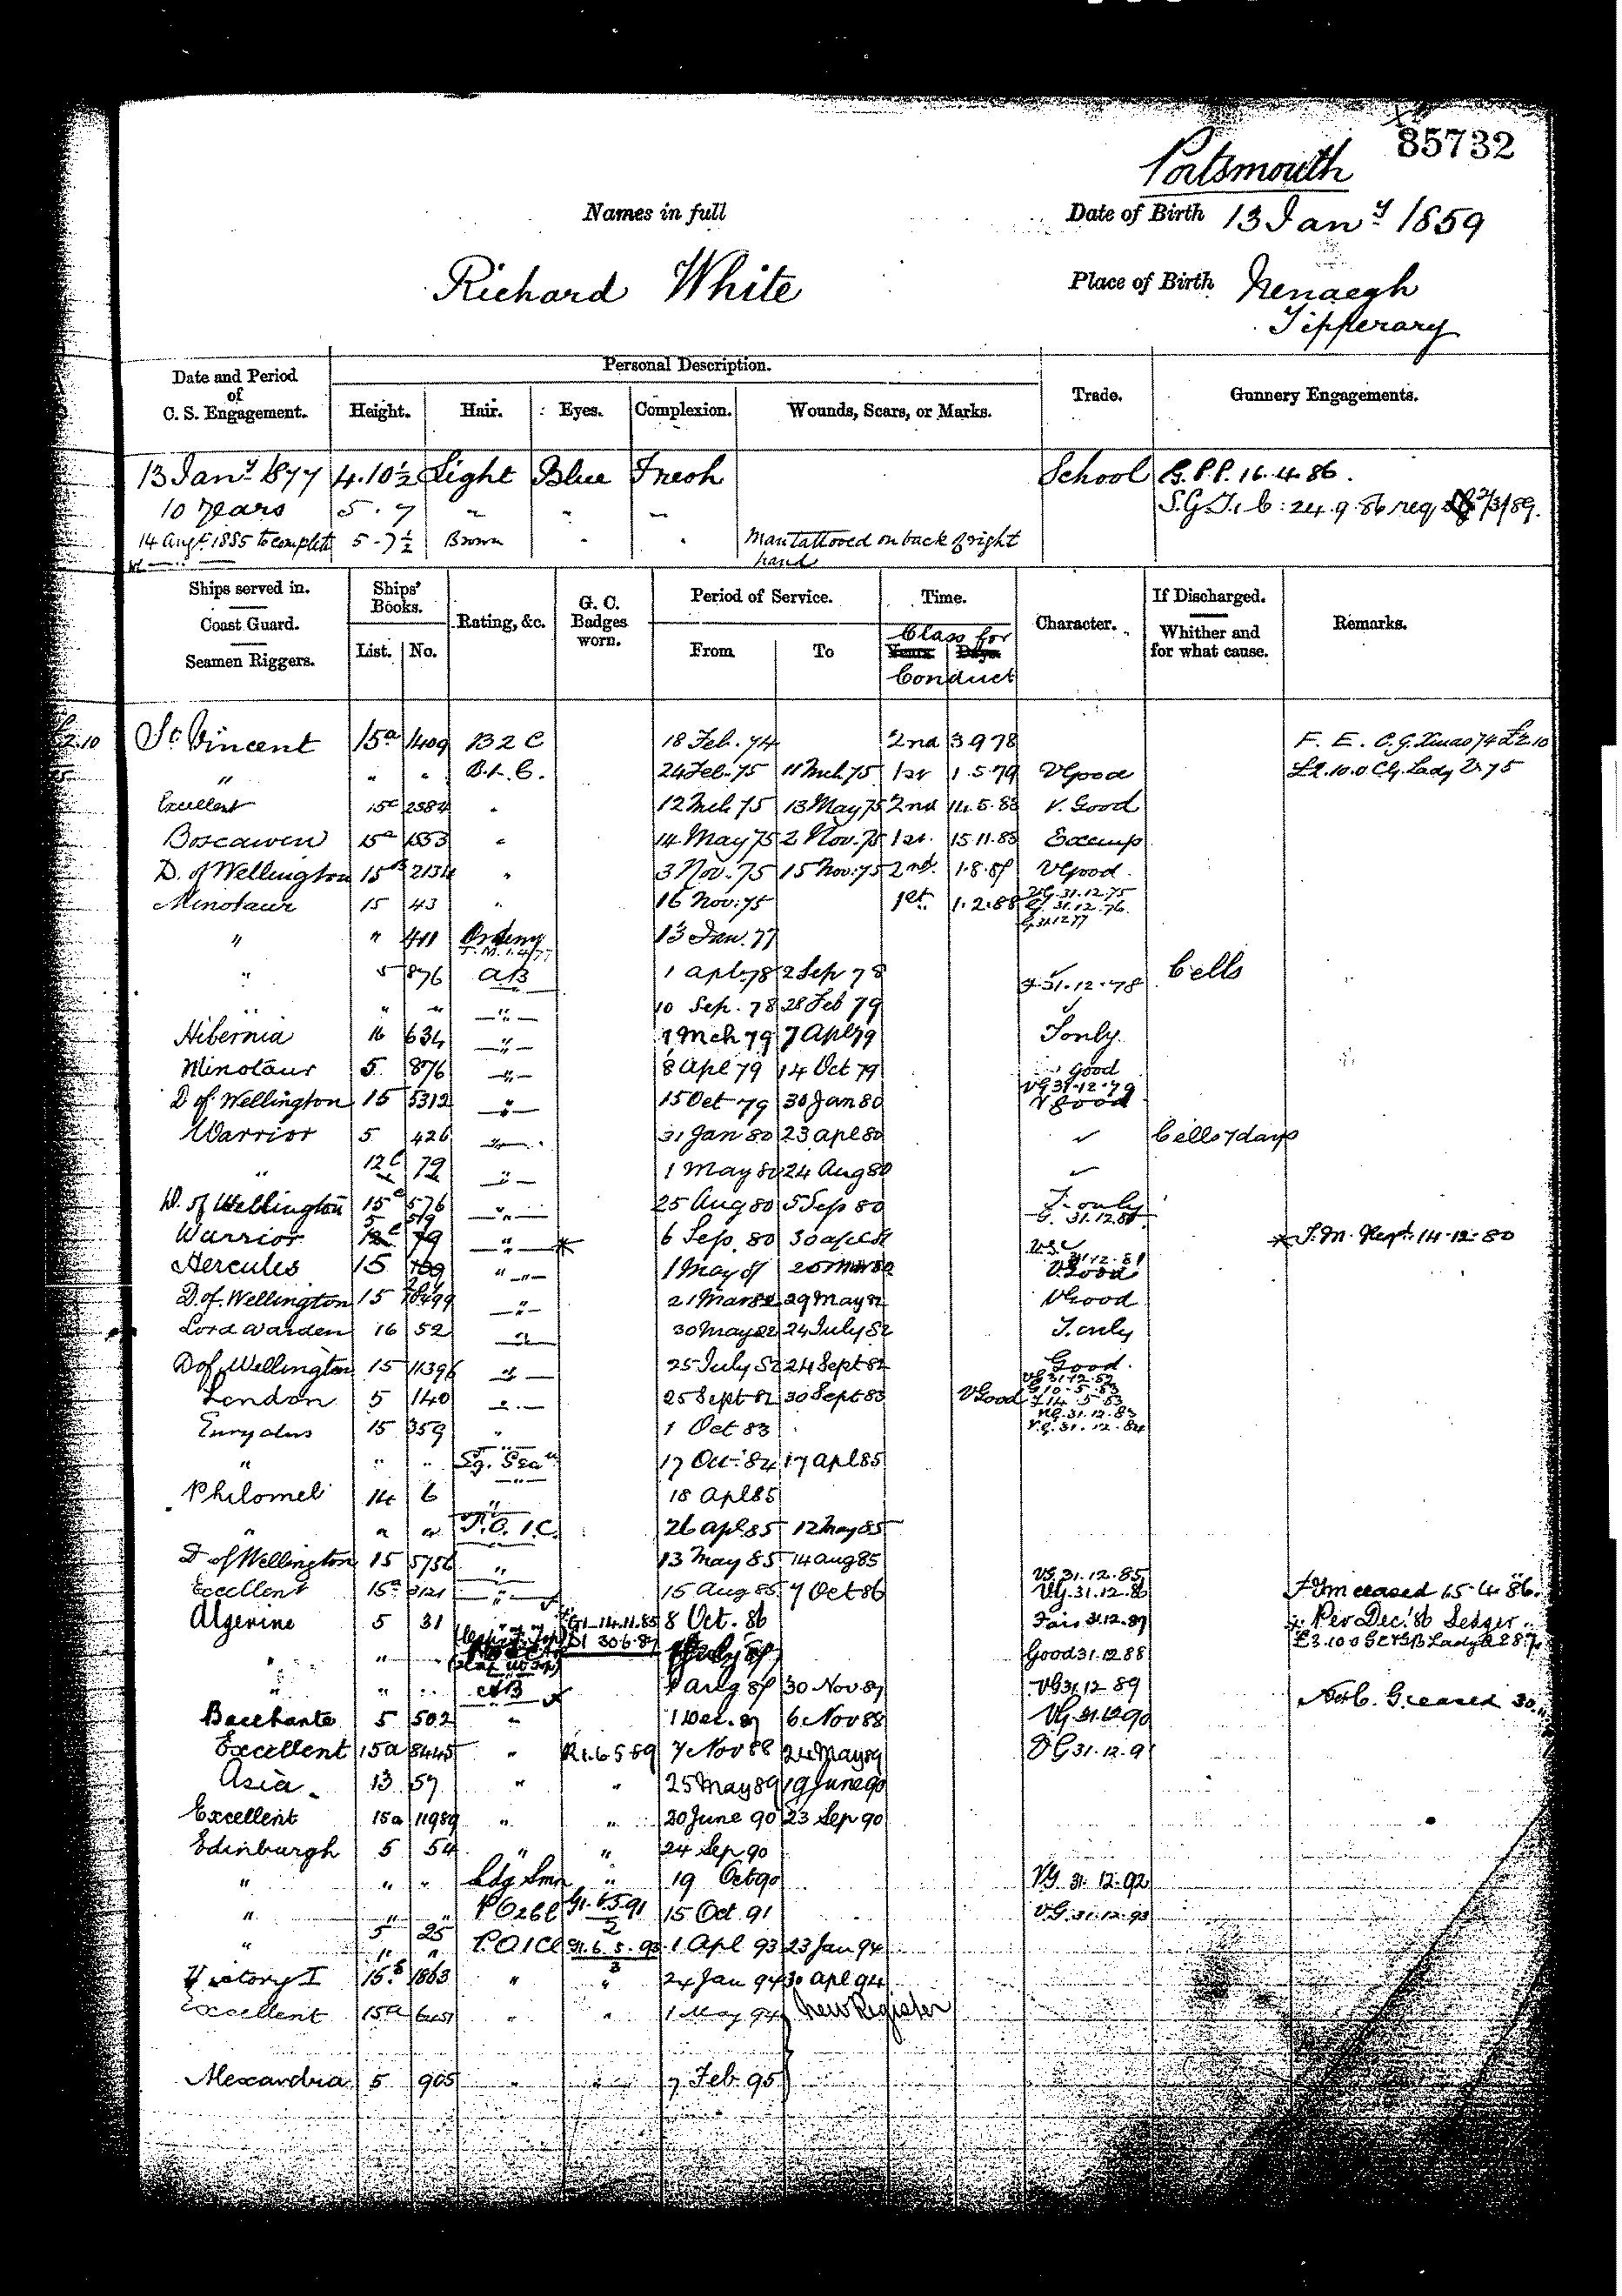
Catalogue Reference:ADM/188/81                             Image Reference:1127